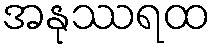
အနုဿရထ